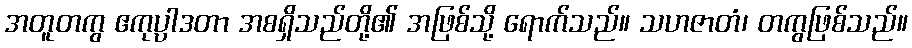
အတူတကွ ဧကုပ္ပာဒတာ အစရှိသည်တို့၏ အဖြစ်သို့ ရောက်သည်။ သဟဇာတံ၊ တကွဖြစ်သည်။